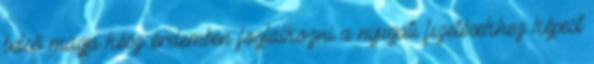
belső magja kész érdemben foglalkozni a nyugati fizetésekhez képest